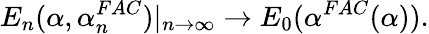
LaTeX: E_{n}(\alpha,\alpha_{n}^{FAC})|_{n\rightarrow\infty}\rightarrow E_{0}(\alpha^{FAC}(\alpha)).